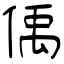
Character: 偊